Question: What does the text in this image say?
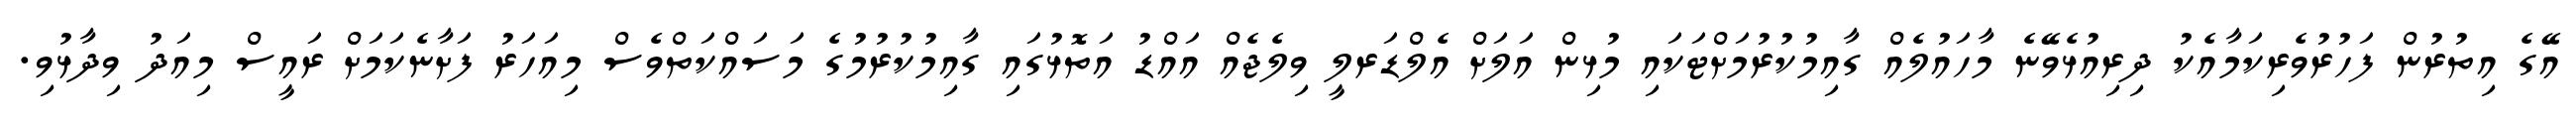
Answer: އޭގެ އިތުރުން ފަހުރުވެރިކަމާއެކު ދިރިއުޅެވޭނެ މާހައުލެއް ގާއިމުކުރުމަށްޓަކައި މުޅިން އަލަށް އެލްޑަރލީ ވިލެޖެއް އައްޑު އަތޮޅުގައި ގާއިމުކުރުމުގެ މަސައްކަތްވެސް މިއަހަރު ފަށާނެކަމަށް ރައީސް މިއަދު ވިދާޅުވި.